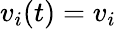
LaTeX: v_{i}(t)=v_{i}